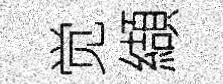
觉纈